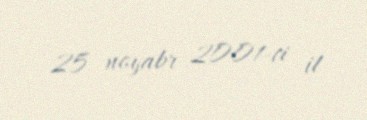
25 noyabr 2001-ci il